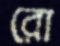
রো